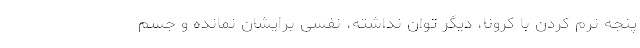
پنجه نرم کردن با کرونا، دیگر توان نداشته، نفسی برایشان نمانده و جسم